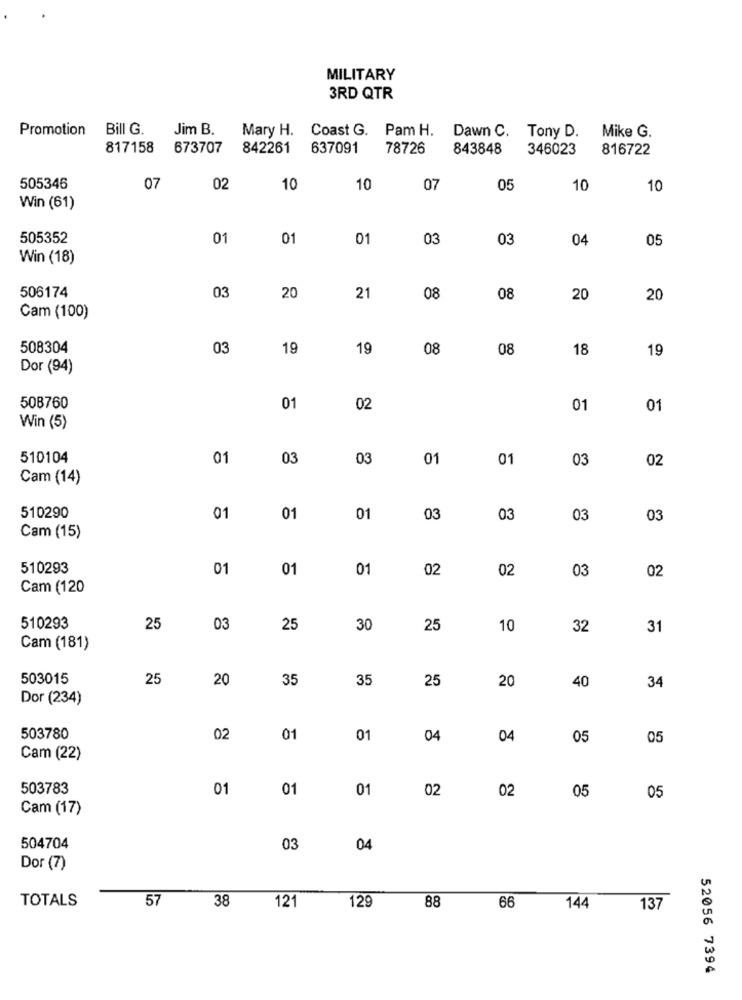
MILITARY
3RD QTR
Promotion Bill G.
Jim B.
Mary H. Coast G. Pam H. Dawn C. Tony D. Mike G.
817158
673707
842261
637091 78726
843848
346023
816722
505346
07
02
10
10
07
05
10
10
Win (61)
505352
01
01
01
03
03
04
05
Win (18)
03
506174
20
21
08
08
20
20
Cam (100)
508304
03
19
19
08
08
18
19
Dor (94)
508760
01
02
01
01
Win (5)
510104
01
03
03
01
01
03
02
Cam (14)
510290
01
01
01
03
03
03
03
Cam (15)
510293
01
01
01
02
02
03
02
Cam (120
510293
25
03
25
30
25
10
32
31
Cam (181)
503015
25
20
35
35
25
20
40
34
Dor (234)
503780
02
01
01
04
04
05
05
Cam (22)
503783
01
01
01
02
02
05
05
Cam (17)
504704
03
04
Dor (7)
TOTALS
57
38
88
121
129
66
144
137
52056 7394